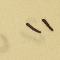
١١